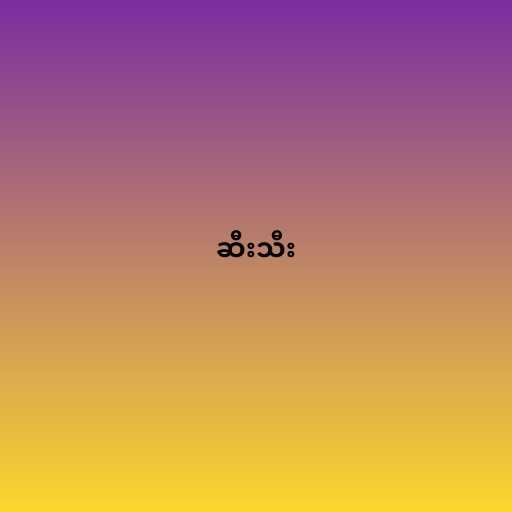
ဆီးသီး